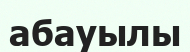
абауылы